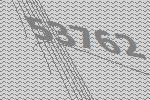
53762